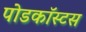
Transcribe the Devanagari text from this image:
पोडकॉस्टस